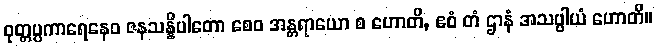
ဝုတ္တပ္ပကာရေနေဝ ဇနသန္နိပါတော စေဝ အန္တရာယော စ ဟောတိ, ဧဝံ တံ ဌာနံ အသပ္ပါယံ ဟောတိ။